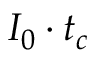
I _ { 0 } \cdot t _ { c }